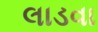
લાડવા